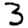
Digit: 3